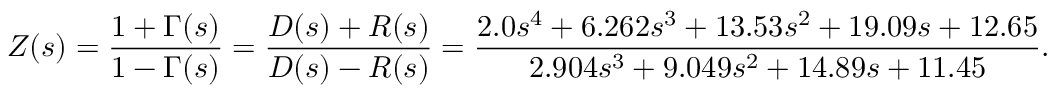
Z ( s ) = \frac { 1 + \Gamma ( s ) } { 1 - \Gamma ( s ) } = \frac { D ( s ) + R ( s ) } { D ( s ) - R ( s ) } = \frac { 2 . 0 s ^ { 4 } + 6 . 2 6 2 s ^ { 3 } + 1 3 . 5 3 s ^ { 2 } + 1 9 . 0 9 s + 1 2 . 6 5 } { 2 . 9 0 4 s ^ { 3 } + 9 . 0 4 9 s ^ { 2 } + 1 4 . 8 9 s + 1 1 . 4 5 } .